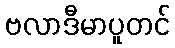
ဗလာဒီမာပူတင်